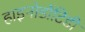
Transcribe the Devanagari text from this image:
हाइनोडोंटिडी